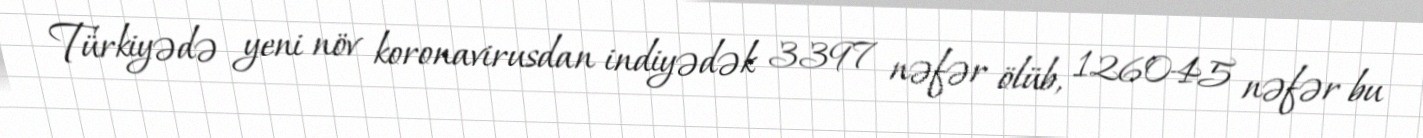
Türkiyədə yeni növ koronavirusdan indiyədək 3397 nəfər ölüb, 126045 nəfər bu